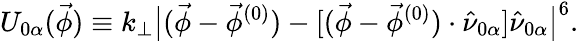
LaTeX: U_{0\alpha}(\vec{\phi})\equiv k_{\perp}\big|(\vec{\phi}-\vec{\phi}^{(0)})-[(\vec{\phi}-\vec{\phi}^{(0)})\cdot\hat{\nu}_{0\alpha}]\hat{\nu}_{0\alpha}\big|^{6}.